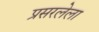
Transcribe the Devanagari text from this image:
प्रसरलेला